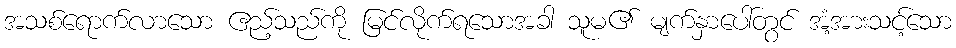
အသစ်ရောက်လာသော ဧည့်သည်ကို မြင်လိုက်ရသောအခါ သူမ၏ မျက်နှာပေါ်တွင် အံ့အားသင့်သော